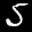
Label: 5